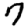
Digit: 7